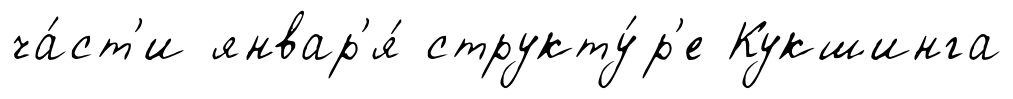
ча́ст'и январ'я́ структу́р'е Кукшинга